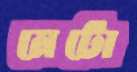
মেটো